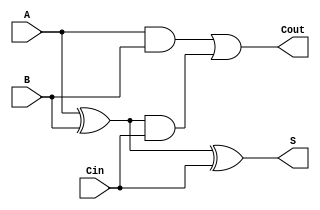
module FullAdder (
    input wire A,      // First binary input
    input wire B,      // Second binary input
    input wire Cin,    // Carry-in input
    output wire S,     // Sum output
    output wire Cout   // Carry-out output
);

    // Intermediate signals
    wire S1;          // Intermediate sum

    // Sum calculation using XOR gates
    assign S1 = A ^ B; // S1 = A XOR B
    assign S = S1 ^ Cin; // S = S1 XOR Cin

    // Carry-out calculation using AND and OR gates
    wire C1;          // Intermediate carry from A and B
    wire C2;          // Intermediate carry from S1 and Cin

    assign C1 = A & B; // C1 = A AND B
    assign C2 = S1 & Cin; // C2 = S1 AND Cin
    assign Cout = C1 | C2; // Cout = C1 OR C2

endmodule